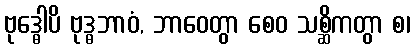
ဗုဒ္ဓေါပိ ဗုဒ္ဓဘာဝံ, ဘာဝေတွာ စေဝ သစ္ဆိကတွာ စ၊